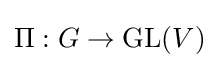
\Pi :G\rightarrow \operatorname {GL} (V)